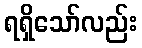
ရရှိသော်လည်း